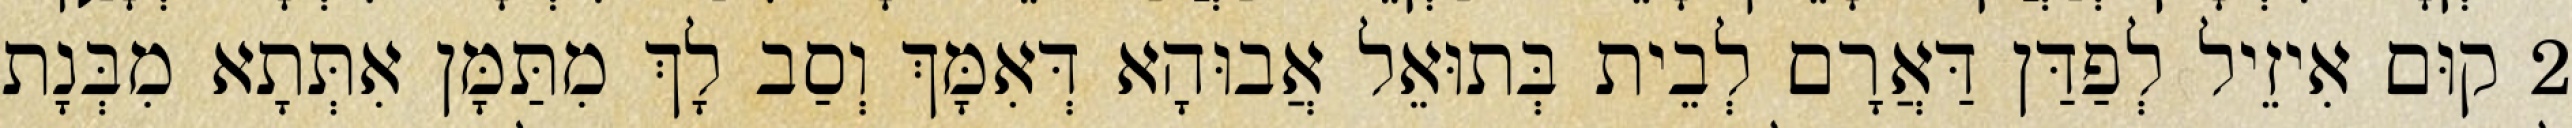
2 קוּם אִיזֵיל לְפַדַּן דַּאֲרָם לְבֵית בְּתוּאֵל אֲבוּהָא דְּאִמָּךְ וְסַב לָךְ מִתַּמָּן אִתְּתָא מִבְּנָת